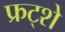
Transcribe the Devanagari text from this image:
फ्रट्शे